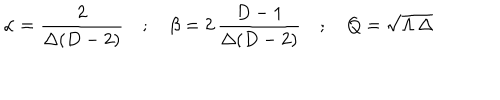
\alpha = \frac { 2 } { \Delta ( D - 2 ) } \quad ; \quad \beta = 2 \, \frac { D - 1 } { \Delta ( D - 2 ) } \quad ; \quad Q = \sqrt { \Lambda \, \Delta }